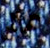
كل